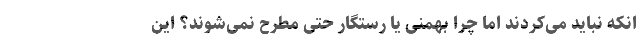
انکه نباید می‌کردند اما چرا بهمنی یا رستگار حتی مطرح نمی‌شوند؟ این